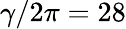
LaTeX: \gamma/2\pi=28